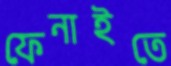
ফেনাইতে